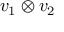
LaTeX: v _ { 1 } \otimes v _ { 2 }